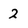
Character: 2